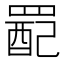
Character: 𫅉